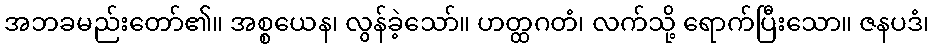
အဘခမည်းတော်၏။ အစ္စယေန၊ လွန်ခဲ့သော်။ ဟတ္ထဂတံ၊ လက်သို့ ရောက်ပြီးသော။ ဇနပဒံ၊